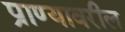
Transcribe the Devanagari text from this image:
प्राण्यावरील